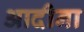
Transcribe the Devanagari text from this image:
आदीना